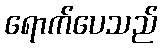
ရောက်ပေသည်